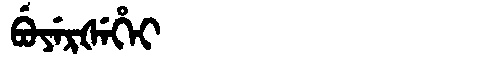
Manchu: ᠪᡠᠶᡝᡵᡧᡝᡥᡝᡳ
Romanization: BUYERŠEHEI